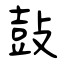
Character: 鼔